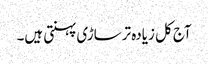
آج کل زیادہ ترساڑی پہنتی ہیں۔